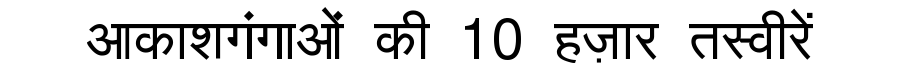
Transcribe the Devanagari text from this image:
आकाशगंगाओं की 10 हज़ार तस्वीरें